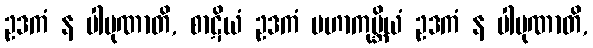
ဥဒကံ န ပါပုဏာတိ, စာဋိယံ ဥဒကံ မဟာကုမ္ဘိယံ ဥဒကံ န ပါပုဏာတိ,